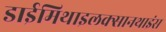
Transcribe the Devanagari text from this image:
डाईमिथाइलक्सानथाइंस